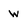
Character: w